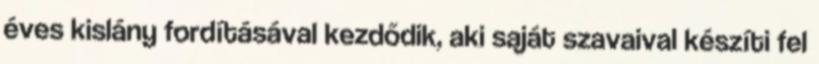
éves kislány fordításával kezdődik, aki saját szavaival készíti fel